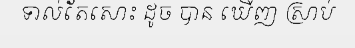
ទាល់តែសោះ ដូច បាន ឃើញ ស្រាប់